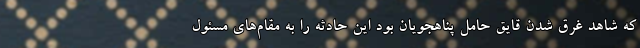
که شاهد غرق شدن قایق حامل پناهجویان بود این حادثه را به مقام‌های مسئول